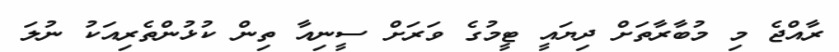
ރާއްޖެ މި މުބާރާތަށް ދިޔައީ ޓީމުގެ ވަރަށް ސީނިއާ ތިން ކުޅުންތެރިއަކު ނުލަ